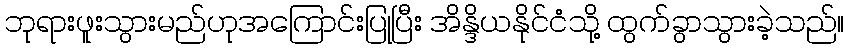
ဘုရားဖူးသွားမည်ဟုအကြောင်းပြုပြီး အိန္ဒိယနိုင်ငံသို့ ထွက်ခွာသွားခဲ့သည်။